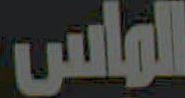
الماس